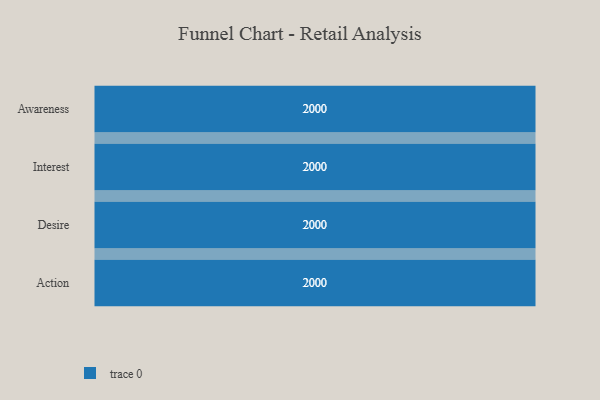
{"axis": {"x": "Stage", "y": "Value"}, "legend": [""], "data": [{"x": "Awareness", "y": 2000, "type": ""}, {"x": "Interest", "y": 2000, "type": ""}, {"x": "Desire", "y": 2000, "type": ""}, {"x": "Action", "y": 2000, "type": ""}]}